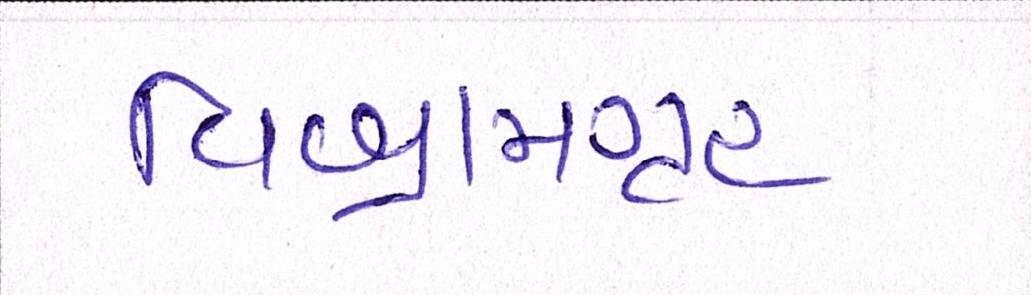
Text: વિશ્રામગૃહ